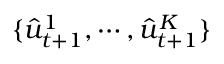
\{ \hat { u } _ { t + 1 } ^ { 1 } , \cdots , \hat { u } _ { t + 1 } ^ { K } \}